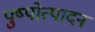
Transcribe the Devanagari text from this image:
पुष्पोत्पादन